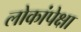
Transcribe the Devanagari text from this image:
लोकांपेक्षा